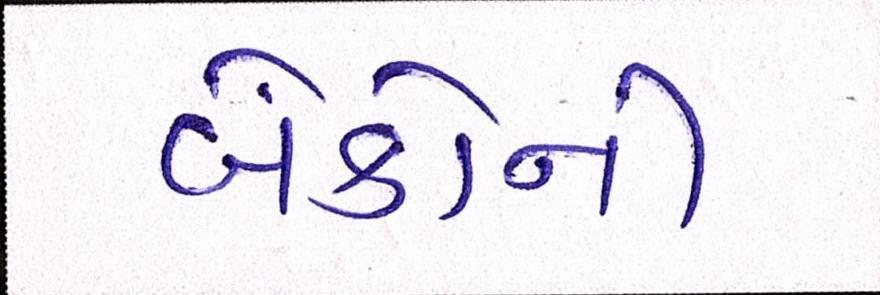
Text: બેંકોની